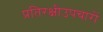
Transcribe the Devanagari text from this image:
प्रतिरक्षीउपचारों